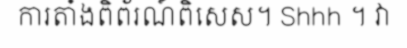
ការតាំងពិព័រណ៍ពិសេស។ Shhh ។ វា